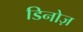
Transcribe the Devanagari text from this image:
डिनोज़